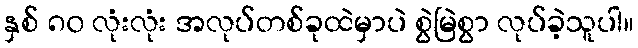
နှစ် ၈၀ လုံးလုံး အလုပ်တစ်ခုထဲမှာပဲ စွဲမြဲစွာ လုပ်ခဲ့သူပါ။